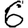
Digit: 6